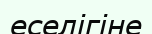
еселігіне